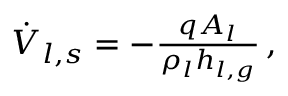
\begin{array} { r } { \dot { V } _ { l , s } = - \frac { q A _ { l } } { \rho _ { l } h _ { l , g } } \, , } \end{array}